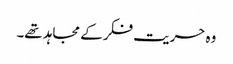
وہ حریت فکر کے مجاہد تھے۔